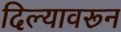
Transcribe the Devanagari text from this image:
दिल्यावरून